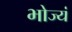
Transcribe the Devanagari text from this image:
भोज्यं